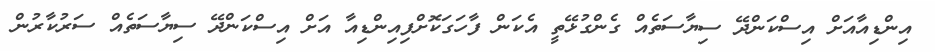
އިންޑިއާއަށް އިސްކަންދޭ ސިޔާސަތެއް ގެންގުޅޭތީ އެކަން ފާހަގަކޮށްފިއިންޑިއާ އަށް އިސްކަންދޭ ސިޔާސަތެއް ސަރުކާރުން